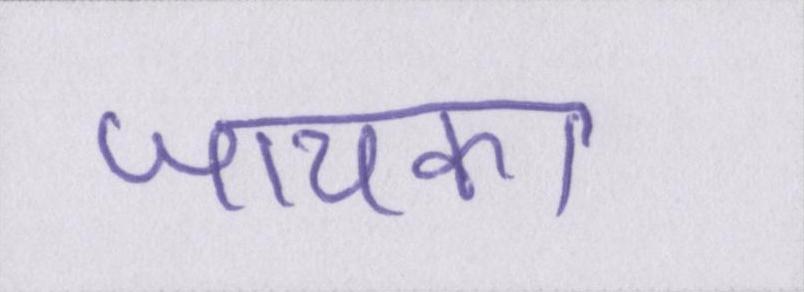
जायका